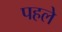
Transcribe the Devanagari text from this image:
पहलेे